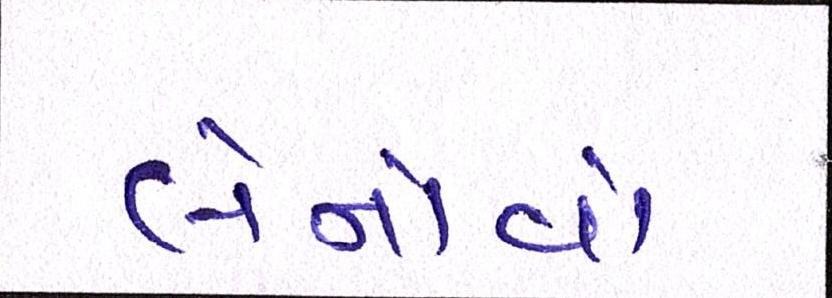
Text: લેનોવો